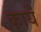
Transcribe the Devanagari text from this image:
कायँ